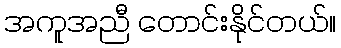
အကူအညီ တောင်းနိုင်တယ်။